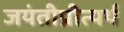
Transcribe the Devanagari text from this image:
जयंतीप्रीत्यर्थ